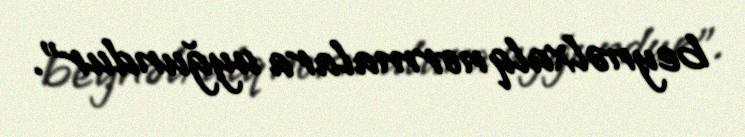
beynəlxalq normalara uyğundur”.